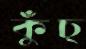
কুঁচ্‌